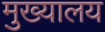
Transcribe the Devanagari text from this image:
मुख्यालय